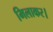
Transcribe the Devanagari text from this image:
मिलाकर।